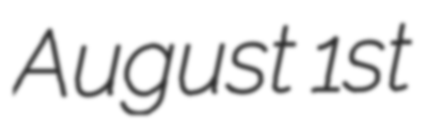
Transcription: August 1st